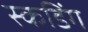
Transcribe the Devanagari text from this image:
स्कडिंग